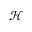
\mathcal H